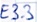
Text: E3.3